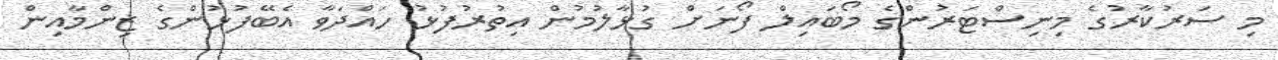
މި ސަރުކާރުގެ މިނިސްޓަރުންގެ މޯބައިލް ފޯނަށް ގުޅާލުމުން އިތުރުފުޅު ހައްދަވާ އެބޭފުޅުންގެ ޒިންމާއިން